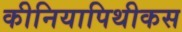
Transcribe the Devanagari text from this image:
कीनियापिथीकस